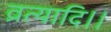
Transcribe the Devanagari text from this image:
व्रत्यादि।।